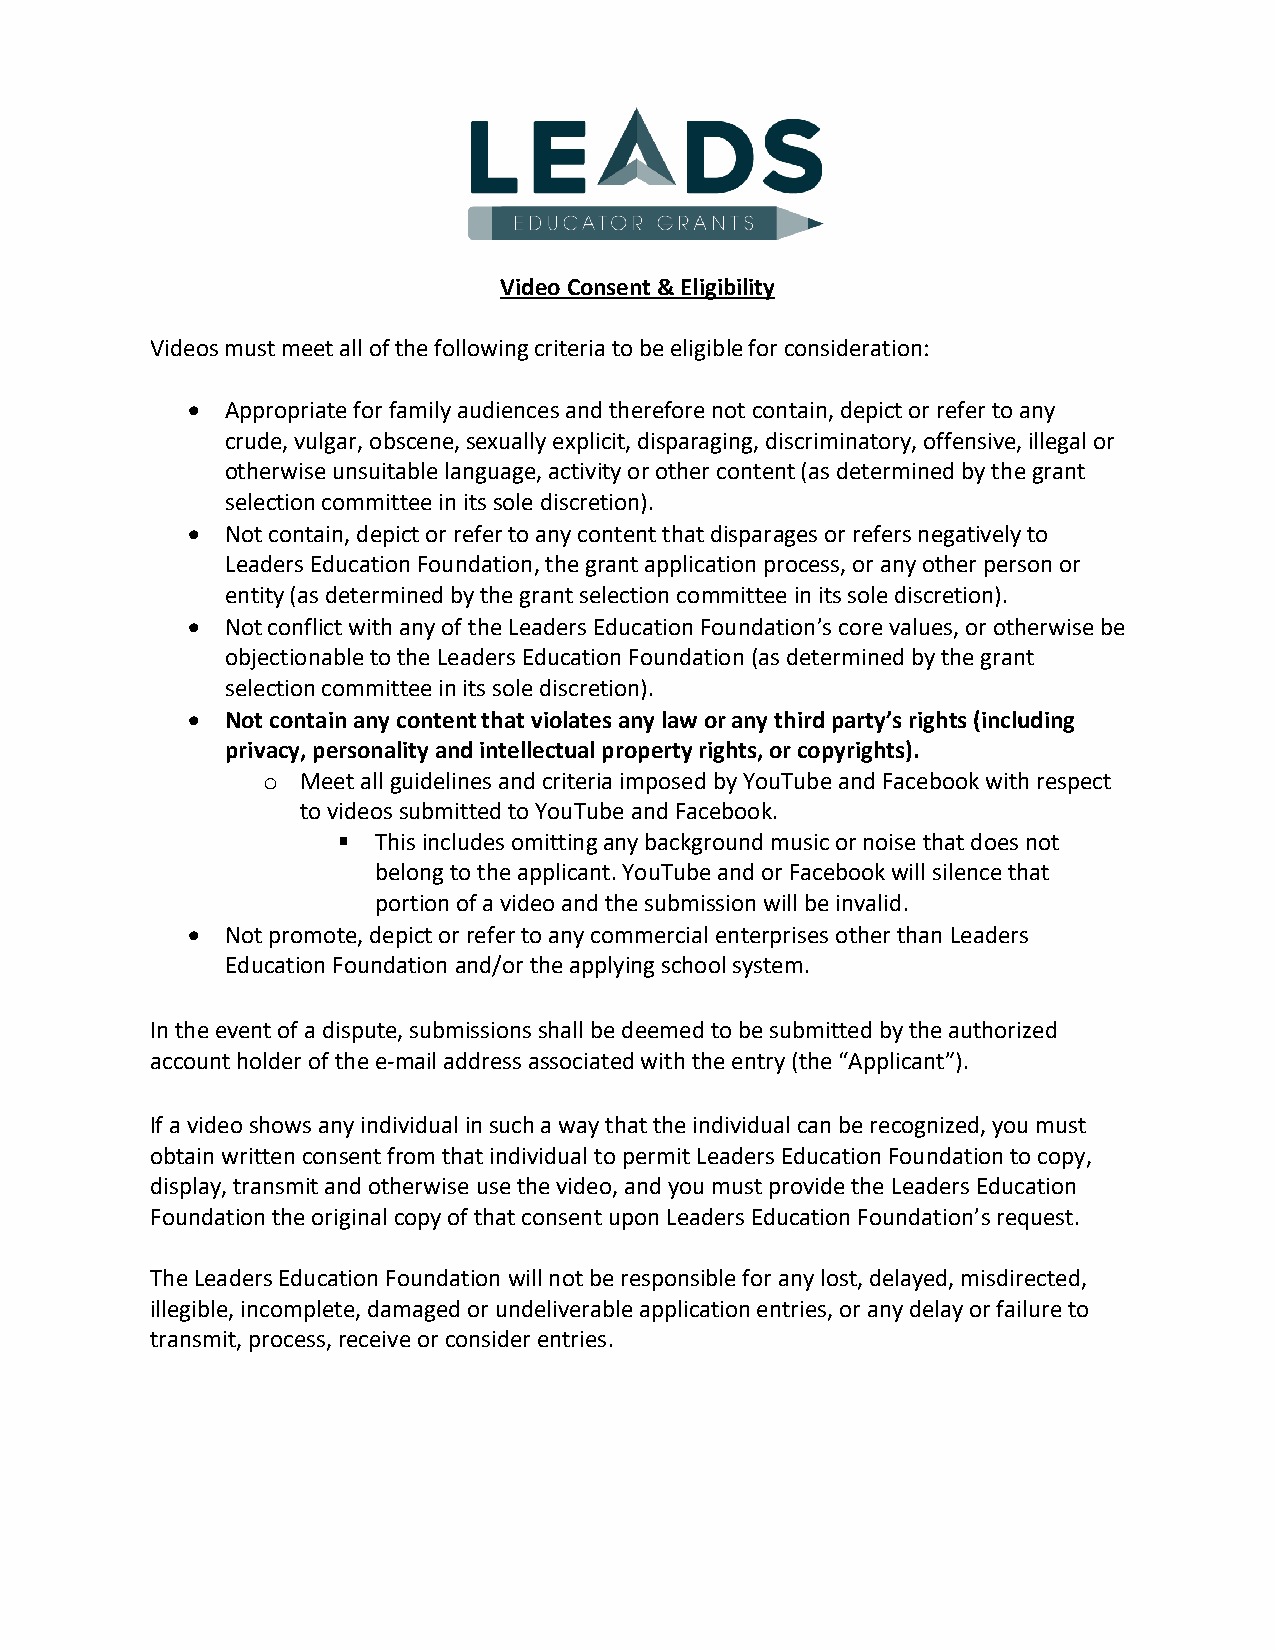
Video Consent & Eligibility
 Videos must meet all of the following criteria to be eligible for consideration:
   Appropriate for family audiences and therefore not contain, depict or refer to any
 crude, vulgar, obscene, sexually explicit, disparaging, discriminatory, offensive, illegal or
 otherwise unsuitable language, activity or other content (as determined by the grant
 selection committee in its sole discretion).
   Not contain, depict or refer to any content that disparages or refers negatively to
 Leaders Education Foundation, the grant application process, or any other person or
 entity (as determined by the grant selection committee in its sole discretion).
   Not conflict with any of the Leaders Education Foundation’s core values, or otherwise be
 objectionable to the Leaders Education Foundation (as determined by the grant
 selection committee in its sole discretion).
   Not contain any content that violates any law or any third party’s rights (including
 privacy, personality and intellectual property rights, or copyrights).
 o  Meet all guidelines and criteria imposed by YouTube and Facebook with respect
 to videos submitted to YouTube and Facebook.
   This includes omitting any background music or noise that does not
 belong to the applicant. YouTube and or Facebook will silence that
 portion of a video and the submission will be invalid.
   Not promote, depict or refer to any commercial enterprises other than Leaders
 Education Foundation and/or the applying school system.
 In the event of a dispute, submissions shall be deemed to be submitted by the authorized
 account holder of the e-mail address associated with the entry (the “Applicant”).
 If a video shows any individual in such a way that the individual can be recognized, you must
 obtain written consent from that individual to permit Leaders Education Foundation to copy,
 display, transmit and otherwise use the video, and you must provide the Leaders Education
 Foundation the original copy of that consent upon Leaders Education Foundation’s request.
 The Leaders Education Foundation will not be responsible for any lost, delayed, misdirected,
 illegible, incomplete, damaged or undeliverable application entries, or any delay or failure to
 transmit, process, receive or consider entries.